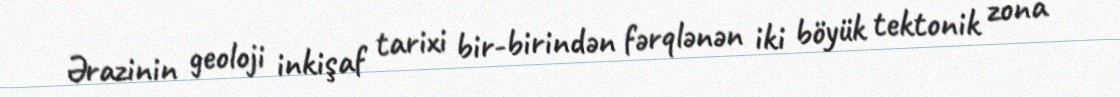
Ərazinin geoloji inkişaf tarixi bir-birindən fərqlənən iki böyük tektonik zona